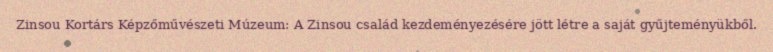
Zinsou Kortárs Képzőművészeti Múzeum: A Zinsou család kezdeményezésére jött létre a saját gyűjteményükből.